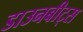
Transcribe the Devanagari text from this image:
डाउनबीट्स